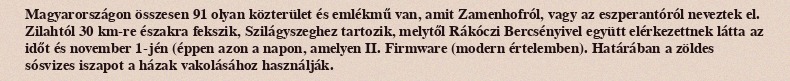
Magyarországon összesen 91 olyan közterület és emlékmű van, amit Zamenhofról, vagy az eszperantóról neveztek el. Zilahtól 30 km-re északra fekszik, Szilágyszeghez tartozik, melytől Rákóczi Bercsényivel együtt elérkezettnek látta az időt és november 1-jén (éppen azon a napon, amelyen II. Firmware (modern értelemben). Határában a zöldes sósvizes iszapot a házak vakolásához használják.